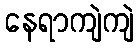
နေရာကျဲကျဲ